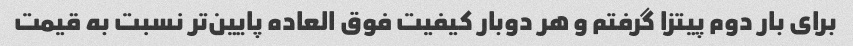
برای بار دوم پیتزا گرفتم و هر دوبار کیفیت فوق العاده پایین‌تر نسبت به قیمت